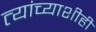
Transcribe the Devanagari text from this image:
त्यांच्याशीही